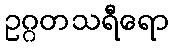
ဥဂ္ဂတသရီရော